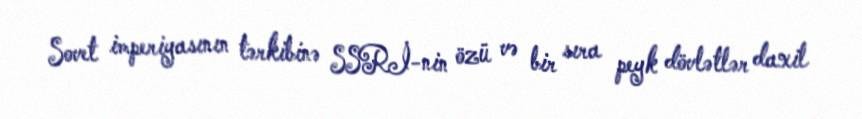
Sovet imperiyasının tərkibinə SSRİ-nin özü və bir sıra peyk dövlətlər daxil